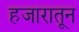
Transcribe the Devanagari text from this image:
हजारातून